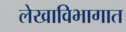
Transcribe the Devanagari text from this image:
लेखाविभागात